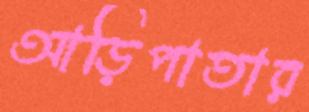
আড়িপাতার